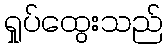
ရှုပ်ထွေးသည်